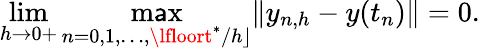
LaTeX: \operatorname*{lim}_{h\to0+}\operatorname*{m\mathsf{a}x}_{n=0,1,\dots,\lfloort^{*}/h\rfloor}\| y_{n,h}-y(t_{n})\| =0.